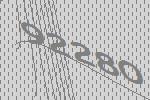
92280